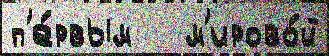
п'е́рвым   м'ирово́й